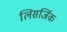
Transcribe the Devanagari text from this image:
लिसर्जिक